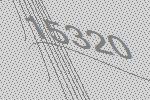
15320